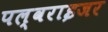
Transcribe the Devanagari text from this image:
पल्वराइजर